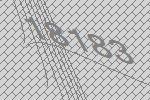
18183